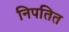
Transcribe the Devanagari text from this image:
निपतित